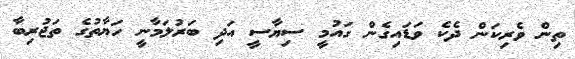
ތިން ވެރިކަން ދެކެ ވަޑައިގެން ގައުމީ ސިޔާސީ އަދި ބަރުލަމާނީ ހަޔާތުގެ ތަޖުރިބާ